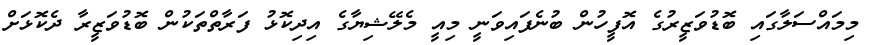
މިމައްސަލާގައި ބޮޑުވަޒީރުގެ އޮފީހުން ބުނެފައިވަނީ މިއީ މެލޭޝިޔާގެ އިދިކޮޅު ފަރާތްތަކުން ބޮޑުވަޒީރާ ދެކޮޅަށް